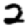
Digit: 2